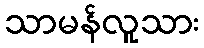
သာမန်လူသား